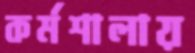
কর্মশালায়